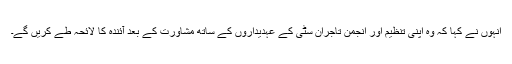
انہوں نے کہا کہ وہ اپنی تنظیم اور انجمن تاجران سٹی کے عہدیداروں کے ساتھ مشاورت کے بعد آئندہ کا لائحہ طے کریں گے۔